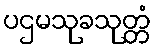
ပဌမသုခသုတ္တံ